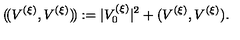
( \! ( V ^ { ( \xi ) } , V ^ { ( \xi ) } ) \! ) : = | V _ { 0 } ^ { ( \xi ) } | ^ { 2 } + ( V ^ { ( \xi ) } , V ^ { ( \xi ) } ) .